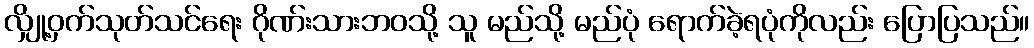
လျှို့ဝှက်သုတ်သင်ရေး ဂိုဏ်းသားဘဝသို့ သူ မည်သို့ မည်ပုံ ရောက်ခဲ့ရပုံကိုလည်း ပြောပြသည်။